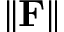
\| \mathbf F \|